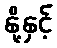
နို့နှင့်